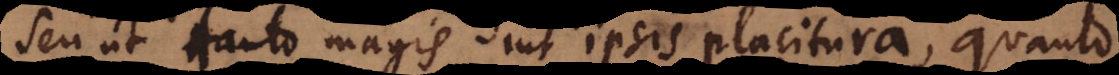
seu ut tanto magis sint ipsis placitura, quanto